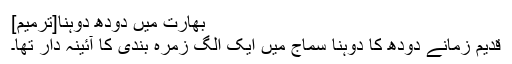
بھارت میں دودھ دوہنا[ترمیم]
قدیم زمانے دودھ کا دوہنا سماج میں ایک الگ زمرہ بندی کا آئینہ دار تھا۔